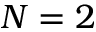
N = 2